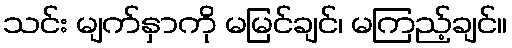
သင်း မျက်နှာကို မမြင်ချင်၊ မကြည့်ချင်။